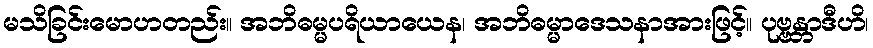
မသိခြင်းမောဟတည်း။ အဘိဓမ္မပရိယာယေန၊ အဘိဓမ္မာဒေသနာအားဖြင့်။ ပုဗ္ဗန္တာဒီဟိ၊